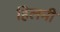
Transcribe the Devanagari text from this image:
हिलमी